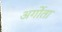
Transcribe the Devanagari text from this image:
अर्गोता